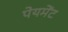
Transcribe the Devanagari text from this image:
पेयमेंट